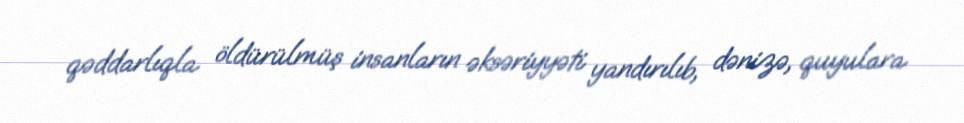
qəddarlıqla öldürülmüş insanların əksəriyyəti yandırılıb, dənizə, quyulara